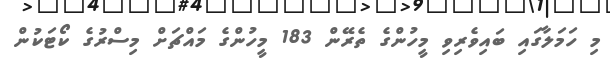
މި ހަމަލާގައި ބައިވެރިވި މީހުންގެ ތެރޭން 183 މީހުންގެ މައްޗަށް މިސްރުގެ ކޯޓަކުން